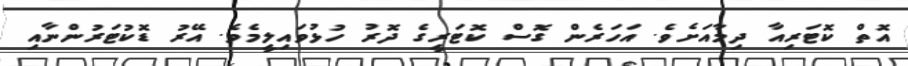
އޮތް ކޮޓަރިއާ ދިމާއަށެވެ. އަހަރެން ގޮސް ކޮޓަރީގެ ދޮރު ހުޅުވައިލީމެވެ. އޭރު ޑޮކުޓަރުންނާއި